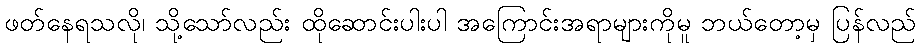
ဖတ်နေရသလို၊ သို့သော်လည်း ထိုဆောင်းပါးပါ အကြောင်းအရာများကိုမူ ဘယ်တော့မှ ပြန်လည်